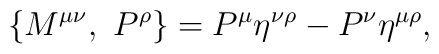
\{M^{\mu\nu},\ P^{\rho}\} = P^{\mu}\eta^{\nu\rho} - P^{\nu}\eta^{\mu\rho},